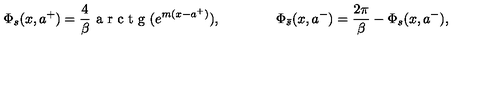
\Phi _ { s } ( x , a ^ { + } ) = \frac { 4 } { \beta } { \textrm { a r c t g } } ( e ^ { m ( x - a ^ { + } ) } ) , \qquad \qquad \Phi _ { \bar { s } } ( x , a ^ { - } ) = \frac { 2 \pi } { \beta } - \Phi _ { s } ( x , a ^ { - } ) ,